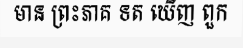
មាន ព្រះភាគ ទត ឃើញ ពួក